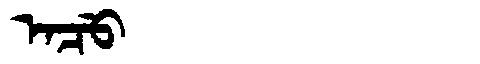
Manchu: ᠠᠴᡠ
Romanization: ACU